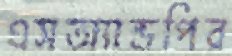
এসঅ্যান্ডপির